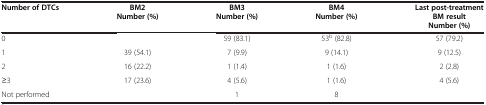
| Number of DTCs | BM2 Number (%) | BM3 Number (%) | BM4 Number (%) | Last post-treatment BM result Number (%) |
 | --- | --- | --- | --- | --- |
 | 0 |  | 59 (83.1) | 53b (82.8) | 57 (79.2) |
 | 1 | 39 (54.1) | 7 (9.9) | 9 (14.1) | 9 (12.5) |
 | 2 | 16 (22.2) | 1 (1.4) | 1 (1.6) | 2 (2.8) |
 | ≥3 | 17 (23.6) | 4 (5.6) | 1 (1.6) | 4 (5.6) |
 | Not performed |  | 1 | 8 |  |